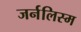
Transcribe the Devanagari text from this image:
जर्नलिस्म